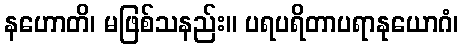
နဟောတိ၊ မဖြစ်သနည်း။ ပရပရိတာပရာနုယောဂံ၊